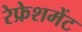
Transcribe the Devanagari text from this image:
रेफ्रेशमेंट